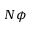
N \phi